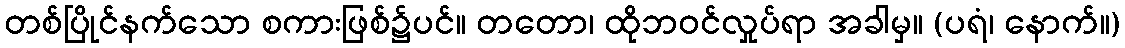
တစ်ပြိုင်နက်သော စကားဖြစ်၌ပင်။ တတော၊ ထိုဘဝင်လှုပ်ရာ အခါမှ။ (ပရံ၊ နောက်။)